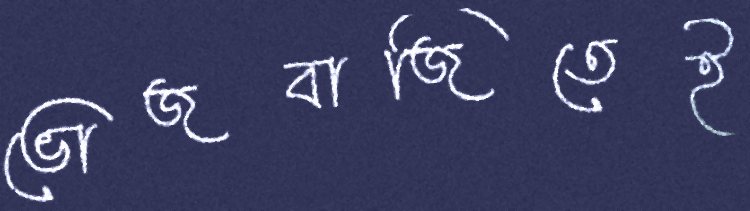
ভোজবাজিতেই